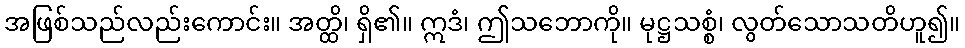
အဖြစ်သည်လည်းကောင်း။ အတ္ထိ၊ ရှိ၏။ ဣဒံ၊ ဤသဘောကို။ မုဋ္ဌသစ္စံ၊ လွတ်သောသတိဟူ၍။